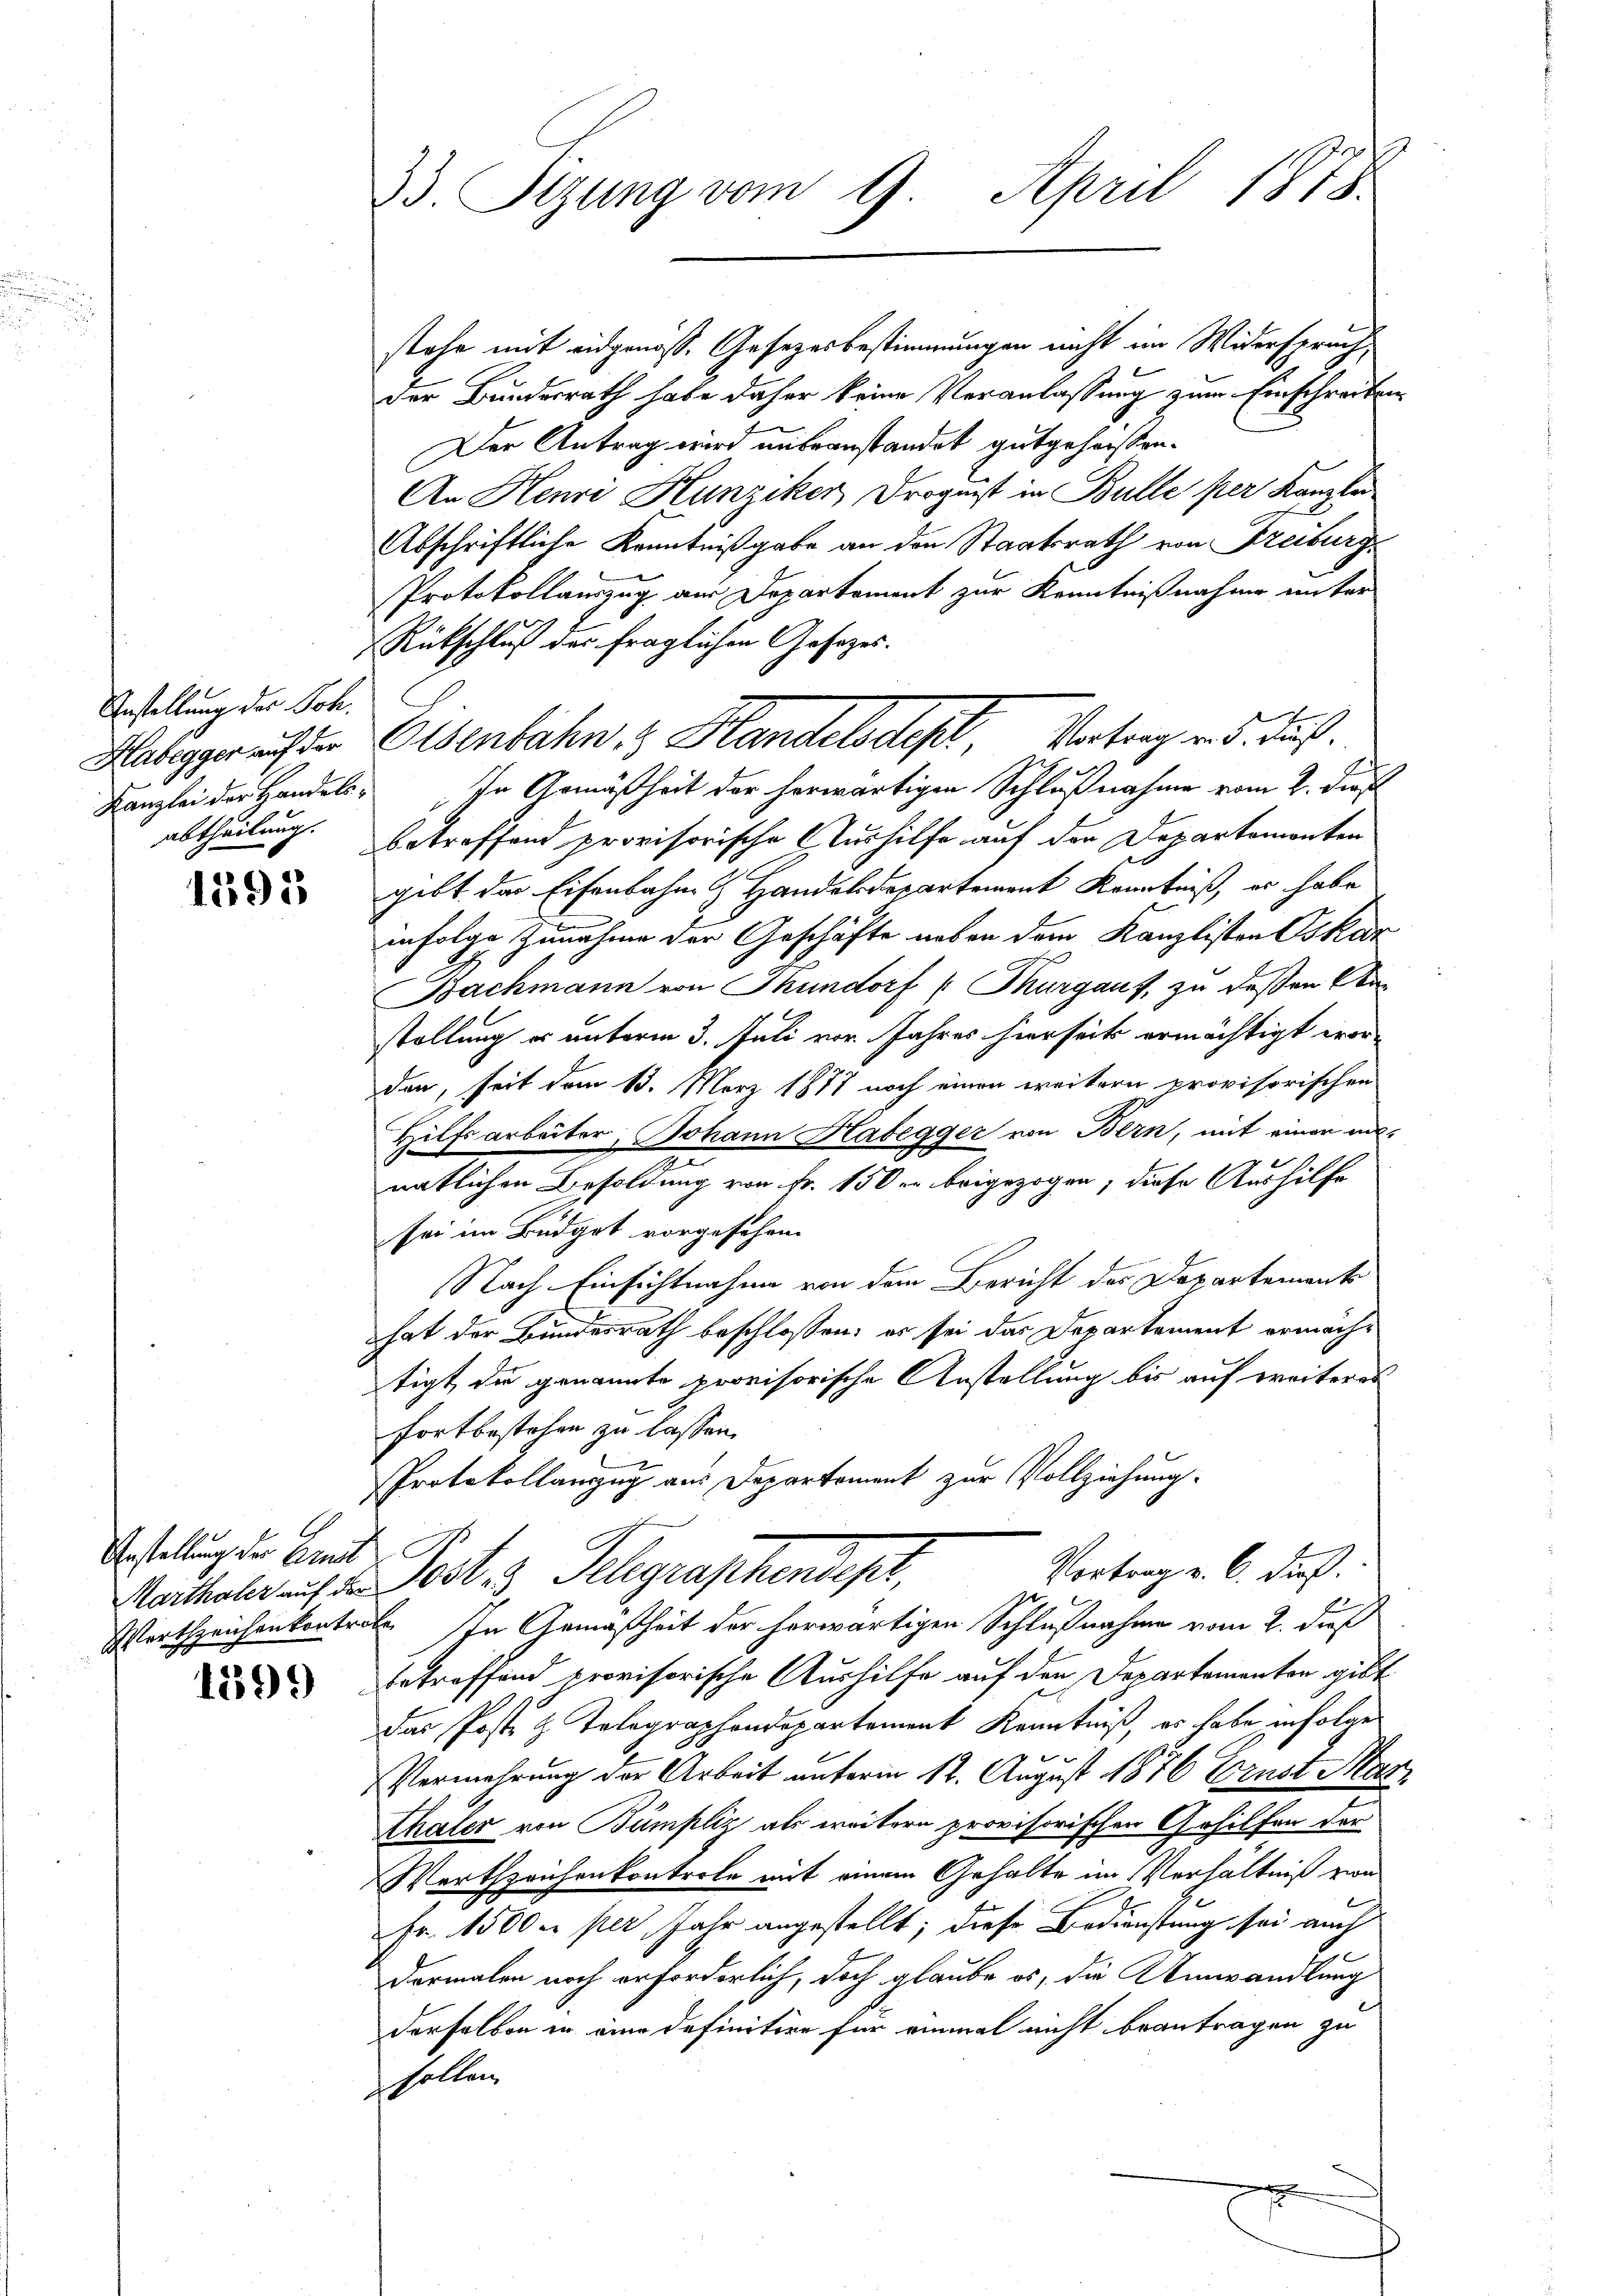
Anstellung der Joh.
Habegger auf der
Kanzlei der Handels-

1293

Anstellung der Grund

1399

33. Sizung vom 9. April 1878.

stehe mit eidgenöss. Gesetzesbestimmungen nicht im Widerspruchder Bundesrath habe daher keine Veranlassung zum Einschreiben
Der Antrag wird unbeanstandet gutgehorsten.
An Henri Hunziker, Drogust in Bulle per Kanzlei
Abschriftliche Kenntnißgabe an den Staatsrath von Freiburg
Protokollauszug aus Departement zur Kenntnißnahme unter
Rückschluß des fraglichen Gesetzes.

In Gemäßheit der herwärtigen Schlußnahme vom 2. Just
abtheilung. Betreffend provisorische Aushilfe auf der Departemonten
gibt der Eisenbahn- & Handelsdepartement Kenntniß, er habe
infolge Zunahme der Geschäfte neben dem Kanzlisten Oskar
Bachmann von Thundorf (Thurgauf, zu deßen Anstellung es unterm 3. Juli vor Jahres hierseits ermächtigt worden, seit dem 13. März 1877 noch einen weitern provisorischen
Hilfsarbeiter, Johann Habegger von Bern, mit einer annatlichen Besoldung von Fr. 150 er beigezogen, diese Aushilfe
sei im Budget vorgesehen.
Nach Einsichtnahme von dem Bericht des Departements
hat der Bundesrath beschlossen: es sei das Departement ermächtigt, die genannte provisorische Anstellung bis auf weiteres
fortbestehen zu lassen.
Protokollanzug aus Departement zur Vollziehung.
Vortrag v. 6. dieß.
Mechale aus d. Post 3 Telegraphendest,
Wortzeichenkontrat. In Gemäßheit der herwärtigen Schlußnahme vom 2. dieß
betreffend provisorische Aushilfe auf den Departementen gibt
das Poste & Tolographendepartement Kenntniß, es habe infolgen
Vermehrung der Arbeit unterm 12. August 1876 Ernst Mar
Thäler von Bümpliz als weitere provisorischen Gehilfen der
Wartzeichenkontrole mit einem Gehalte im Verhältniß zwa
Fr. 1500 per Jahr angestellt; diese Bedienstung sei auch
dermalen noch erforderlich, doch glaube es, die Umwandlung
derselben in eine definitive für einmal nicht beantragen zu
holten,

Eisenbahn & Handelsdest, Vertrag und daß